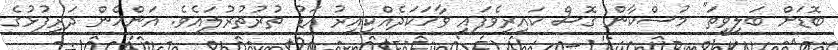
ބޮޑަށް ބަލިވީތަ" މުސްކާން ގޮސް ކައިރިވެފައި ވާހަކަދެއްކިއިރު އަޑު ތުރުތުރުލައެވެ. އަންހެން ދަރިފުޅުގެ